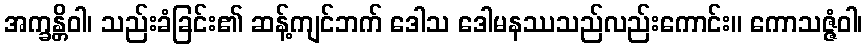
အက္ခန္တိဝါ၊ သည်းခံခြင်း၏ ဆန့်ကျင်ဘက် ဒေါသ ဒေါမနဿသည်လည်းကောင်း။ ကောသဇ္ဇံဝါ၊